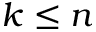
k \leq n